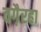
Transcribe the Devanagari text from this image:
वगै़रहा